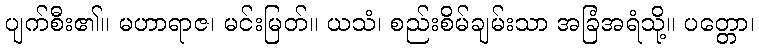
ပျက်စီး၏။ မဟာရာဇ၊ မင်းမြတ်။ ယသံ၊ စည်းစိမ်ချမ်းသာ အခြံအရံသို့။ ပတ္တော၊